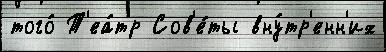
того́ Т'еа́тр Сов'е́ты вну́тр'енн'их